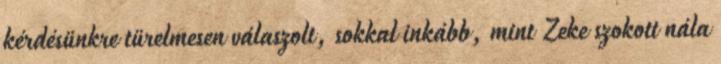
kérdésünkre türelmesen válaszolt, sokkal inkább, mint Zeke szokott nála